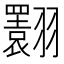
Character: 𦒬